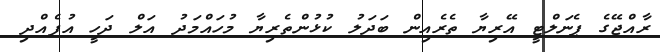
ރާއްޖޭގެ ޕެނަލްޓީ އޭރިޔާ ތެރެއިން ބަދަލު ކުޅުންތެރިޔާ މުހައްމަދު އަލް ދަހީ އުފެއްދި